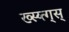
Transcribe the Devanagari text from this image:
ख्स्य्त्ग्स्